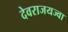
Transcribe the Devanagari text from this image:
देवराजयज्वा